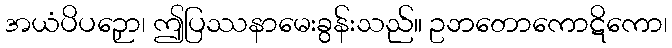
အယံပိပဉှော၊ ဤပြဿနာမေးခွန်းသည်။ ဥဘတောကောဋိကော၊